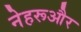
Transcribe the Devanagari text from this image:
नेहरूऔर